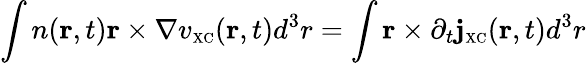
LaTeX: \int n({\mathbf r},t){\mathbf r}\times\nabla v_{\scriptscriptstyle\mathrm{XC}}({\mathbf r},t)d^{3}r=\int{\mathbf r}\times\partial_{t}{\mathbf j}_{\scriptscriptstyle\mathrm{XC}}({\mathbf r},t)d^{3}r